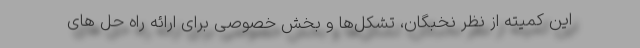
این کمیته از نظر نخبگان، تشکل‌ها و بخش خصوصی برای ارائه راه حل های